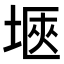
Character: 𭎻